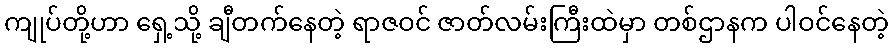
ကျုပ်တို့ဟာ ရှေ့သို့ ချီတက်နေတဲ့ ရာဇဝင် ဇာတ်လမ်းကြီးထဲမှာ တစ်ဌာနက ပါဝင်နေတဲ့